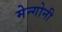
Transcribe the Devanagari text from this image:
मेन्गोनी